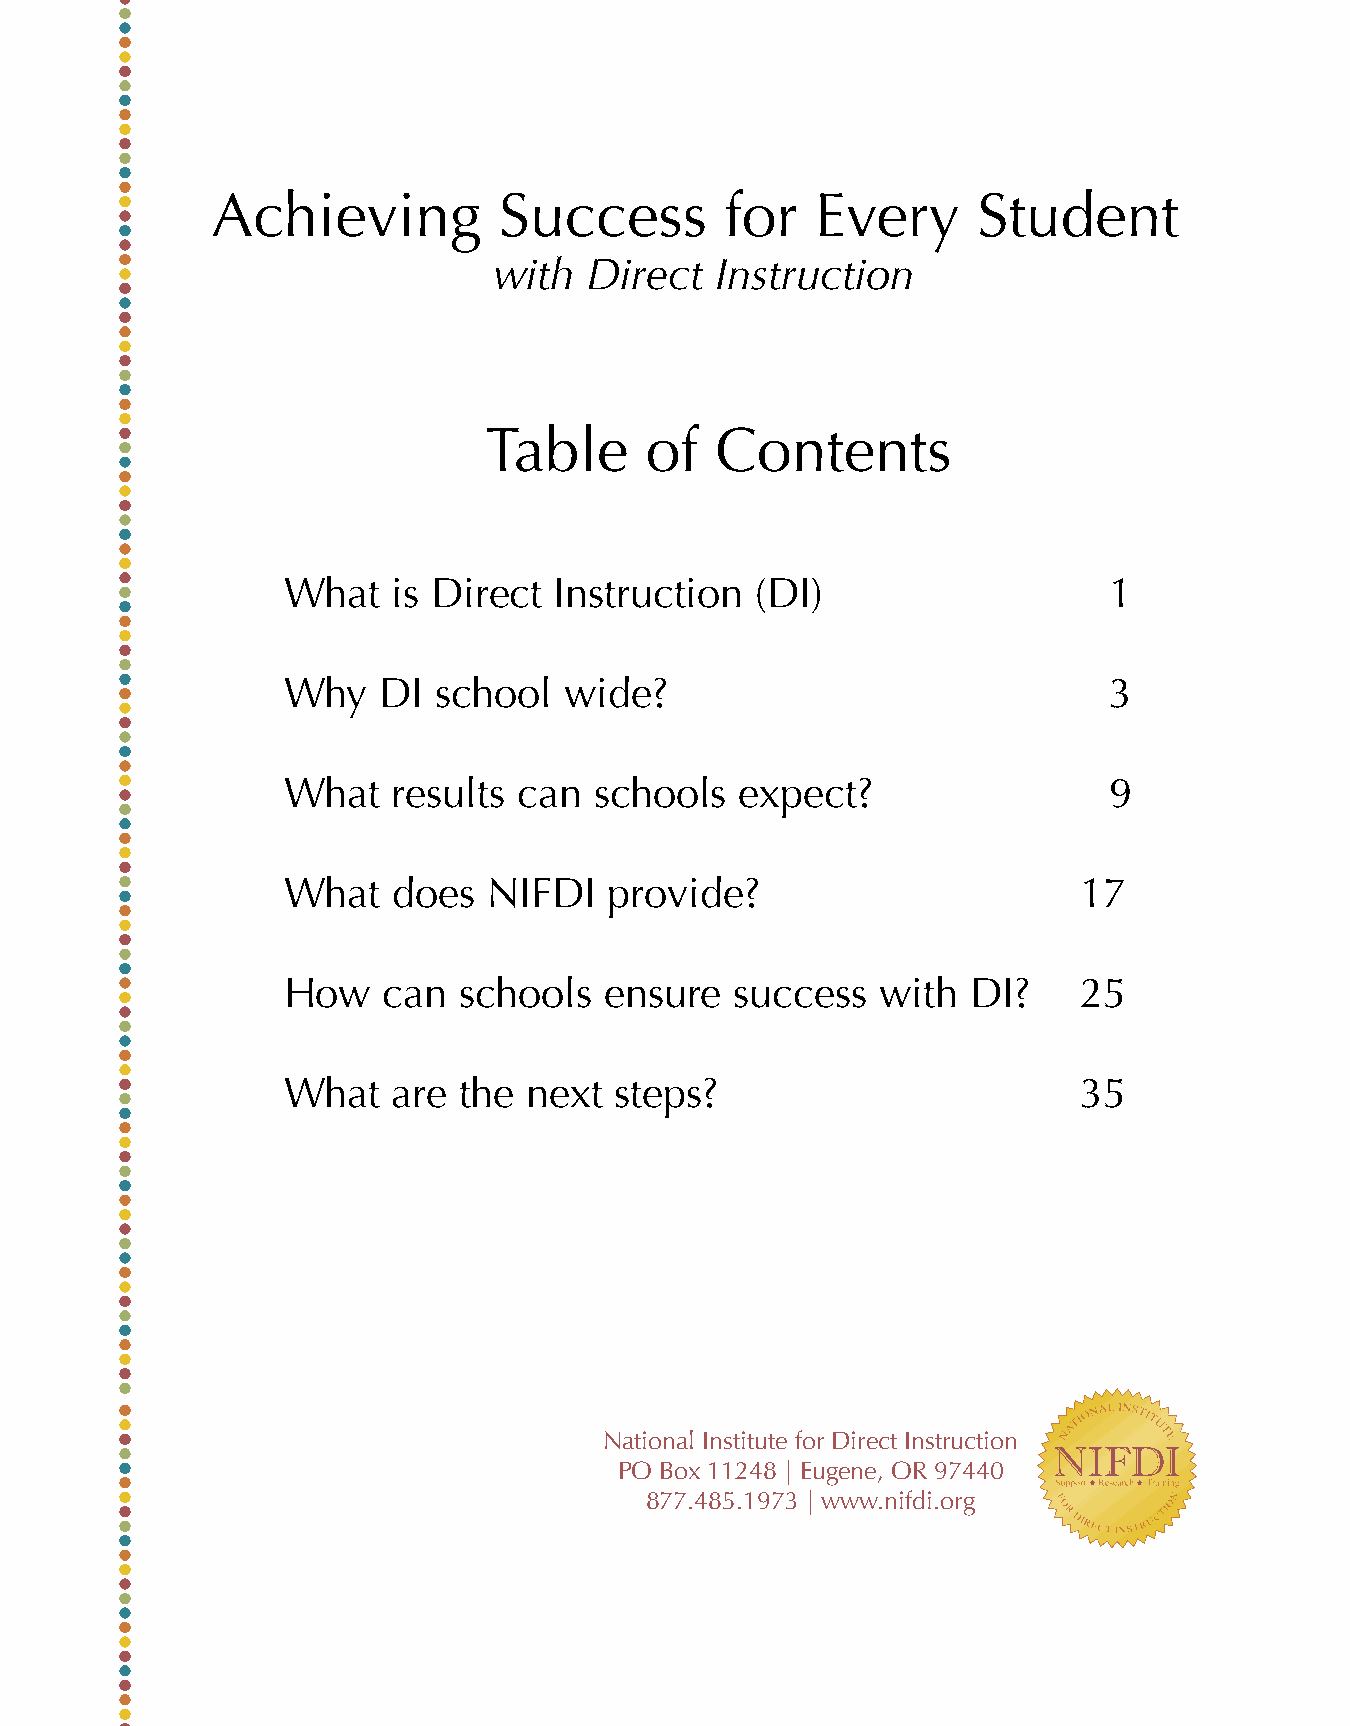
Achieving          Success        for   Every      Student
 with  Direct  Instruction
 Table      of  Contents
 What   is Direct  Instruction  (DI)                   1
 Why   DI  school  wide?                               3
 What   results can  schools   expect?                 9
 What   does  NIFDI   provide?                       17
 How   can  schools   ensure   success  with  DI?    25
 What   are the  next  steps?                        35
 National Institute for Direct Instruction
 PO Box 11248 | Eugene, OR 97440
 877.485.1973 | www.nifdi.org